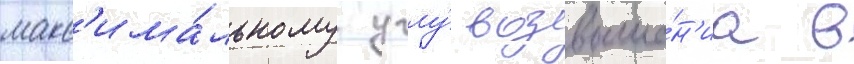
макс'има́льному углу́ возвыше́н'иа в